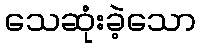
သေဆုံးခဲ့သော